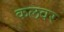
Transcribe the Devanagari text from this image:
कलवर